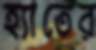
হ্যাতের